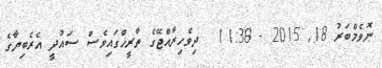
ނޮވެމްބަރު 18